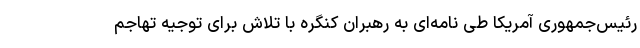
رئیس‌جمهوری آمریکا طی نامه‌ای به رهبران کنگره با تلاش برای توجیه تهاجم